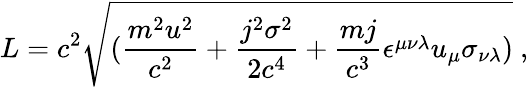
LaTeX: L=c^{2}\sqrt{({\frac{m^{2}u^{2}}{c^{2}}}+{\frac{j^{2}\sigma^{2}}{2c^{4}}}+{\frac{mj}{c^{3}}}\epsilon^{\mu\nu\lambda}u_{\mu}\sigma_{\nu\lambda})}~,